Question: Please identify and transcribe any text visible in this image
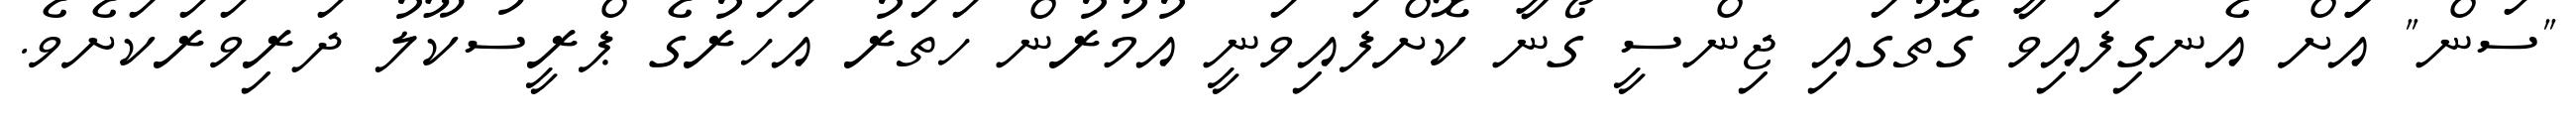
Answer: "ސަން" އަަށް އެނގިފައިވާ ގޮތުގައި ޖިންސީ ގޯނާ ކޮށްފައިވަނީ އުމުރުން ހަތަރު އަހަރުގެ ޕްރީސުކޫލު ދަރިވަރަކަށެވެ.